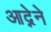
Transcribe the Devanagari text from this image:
आद्नेने